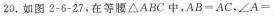
20.如图2-6-27，在等腰\Delta ABC中，$$AB=AC$$，\angle A=